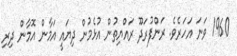
1960 ވަނަ އަހަރެވެ. ރަންފުރަދޫ ރައްޔިތުން އުޅެމުން ދިޔައީ އަމާން އޮމާން ދިރި